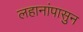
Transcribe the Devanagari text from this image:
लहानांपासुन